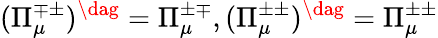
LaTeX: (\Pi_{\mu}^{\mp\pm})^{\dag}=\Pi_{\mu}^{\pm\mp},(\Pi_{\mu}^{\pm\pm})^{\dag}=\Pi_{\mu}^{\pm\pm}